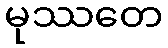
မုဿတေ